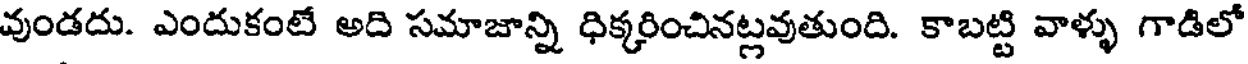
వుండదు. ఎందుకంటే అది సమాజాన్ని ధిక్కరించినట్లవుతుంది. కాబట్టి వాళ్ళు గాడిలో